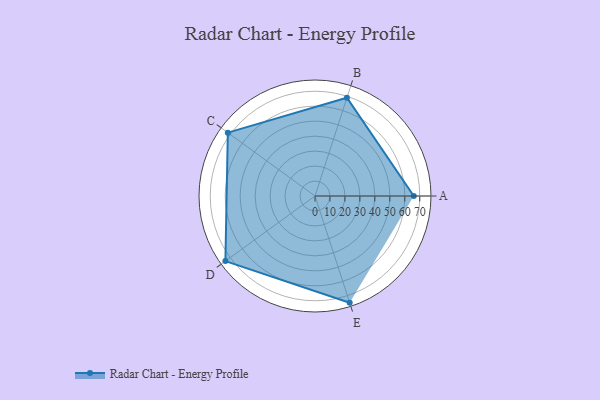
{"axis": {"x": "Skill", "y": "Score"}, "legend": ["Profile"], "data": [{"x": "A", "y": 66.0, "type": "Profile"}, {"x": "B", "y": 69.0, "type": "Profile"}, {"x": "C", "y": 72.0, "type": "Profile"}, {"x": "D", "y": 74.0, "type": "Profile"}, {"x": "E", "y": 75.0, "type": "Profile"}]}